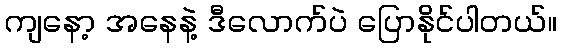
ကျနော့ အနေနဲ့ ဒီလောက်ပဲ ပြောနိုင်ပါတယ်။